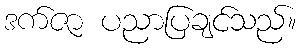
ဒက်ဇာ ပညာပြချင်သည်။